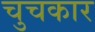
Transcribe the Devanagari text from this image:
चुचकार